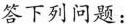
答下列问题：